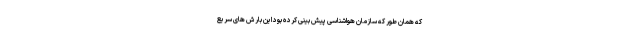
که همان طور که سازمان هواشناسی پیش بینی کرده بود این بارش های سریع